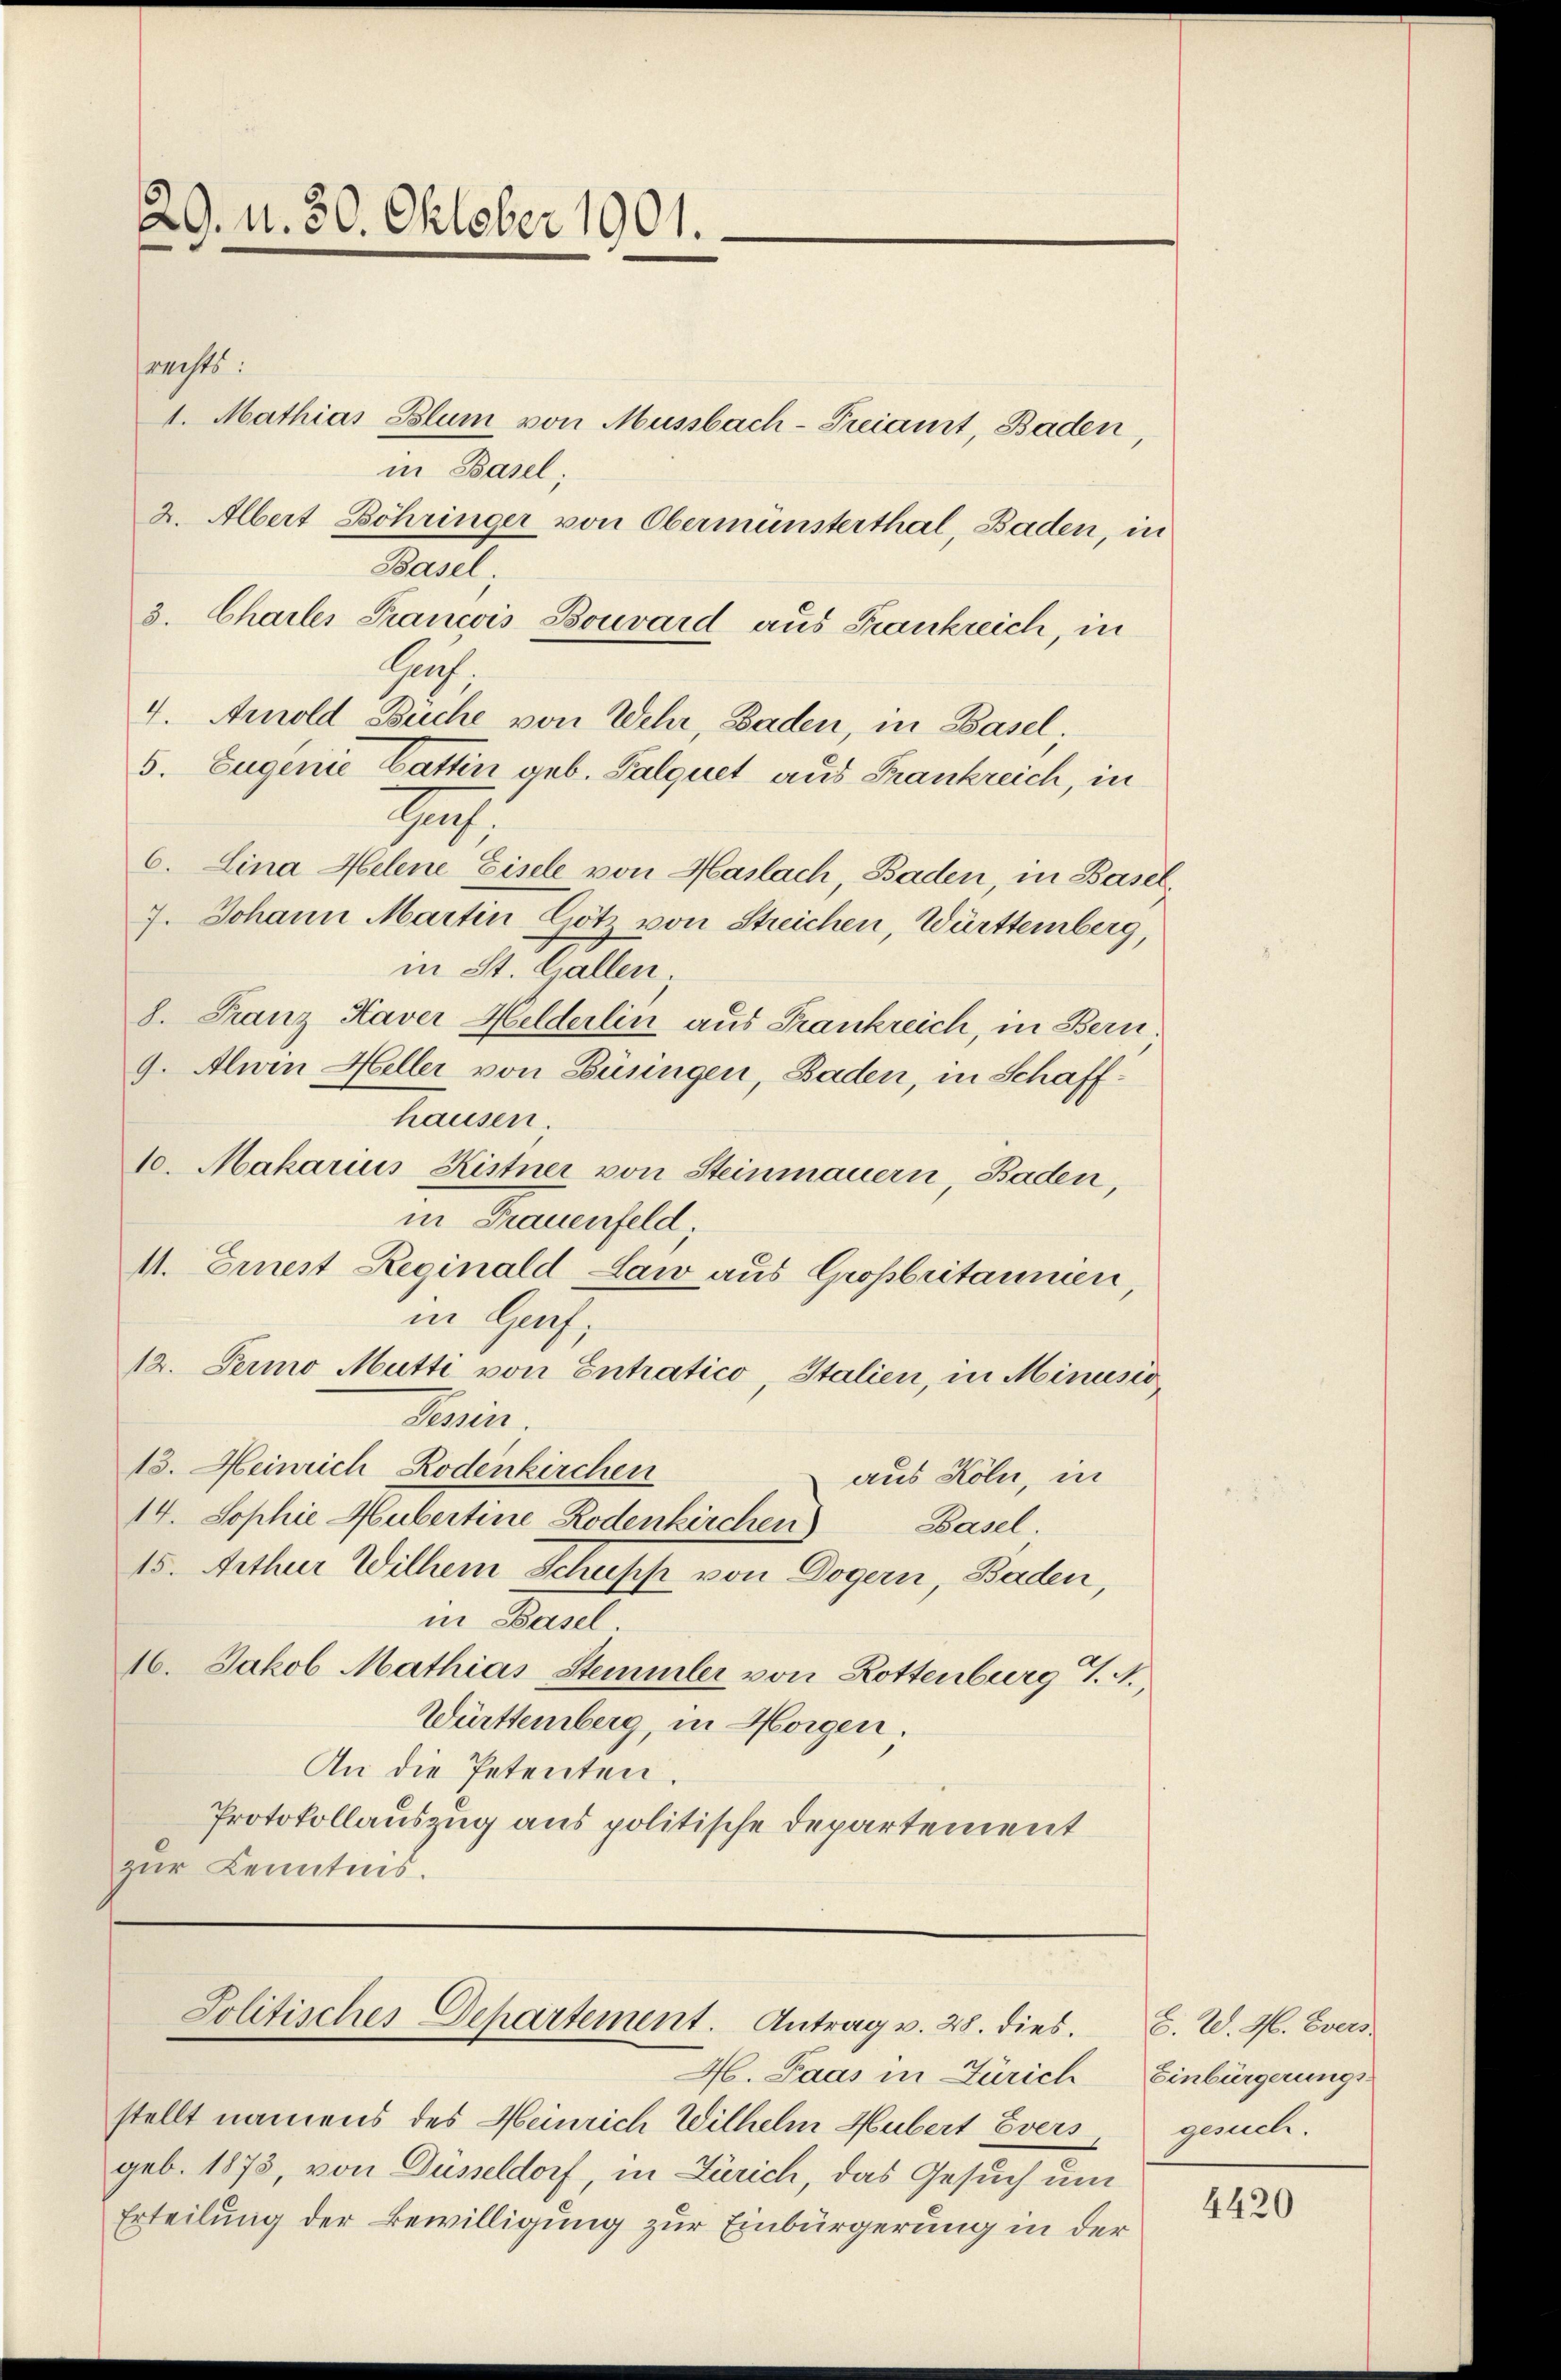
29. d. 30. Oktober 1901.

rechts:
1. Mathias Blum von Mussbach-Freiamt, Baden,
in Basel;
2. Albert Bohringer von Obermünsterthal, Baden, in
Basel
3. Charler Krancois Bouvard aus Frankreich, in
Hof.
4. Arnold Buche von Wehr, Baden, in Basel.
5. Eugenie Gattin geb. Palquet aus Frankreich, in
79.
6. Lina Helene Eisele von Haslach, Baden, in Basel,
7. Johann Martin Götz von Streichen, Württemberg,
in St. Gallen,
8. Franz Kaver Helderlin aus Frankreich, in Bern.
9. Alwin Heller von Büningen, Baden, in Schaffhausen.
10. Makarius Kistner von Steinmauern, Baden,
in Frauenfeld
41. Einert Reginald Law aus Großbritannien,
in Genf,
12. Fermo Mutti von Entratico, Italien, in Minusio
Diesen.
15. Meinrich Rodenkirchen
aus Köln, in
14. Sophie Hubertine Rodenkirchen
Basel.
15. Aether Wilhem Schuss von Dogern, Baden,
in Basel.
16. Jakob Mathias Stemmler von Rottenburg 7. A.
Württemberg, in Horgen.
An die Petenten.
Protokollauszug aus politische Departement
zur Kenntnis.

H. Paas in Zürich
stellt namens des Heinrich Wilhelm Hubert Evers
geb. 1875, von Düsseldorf, in Zürich, das Gesuch um
Erteilung der Bewilligung zur Einbürgerung in der

Solitisches Departement. Antrag v. 28. dies.

8. W. H. Evers
Einbürgerungs-
gesuch

4420